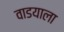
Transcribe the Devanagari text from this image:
वाडयाला